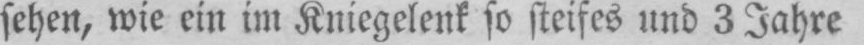
sehen, wie ein im Kniegelenk so steifes und 3 Jahre